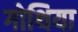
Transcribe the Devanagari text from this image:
गोथिया